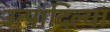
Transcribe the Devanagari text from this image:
उत्पादिल्या